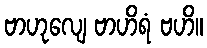
ဗာဟုလျေ ဗာဟိရံ ဗဟိ။